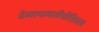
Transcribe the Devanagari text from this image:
देव्यायामलीयोक्तितत्व